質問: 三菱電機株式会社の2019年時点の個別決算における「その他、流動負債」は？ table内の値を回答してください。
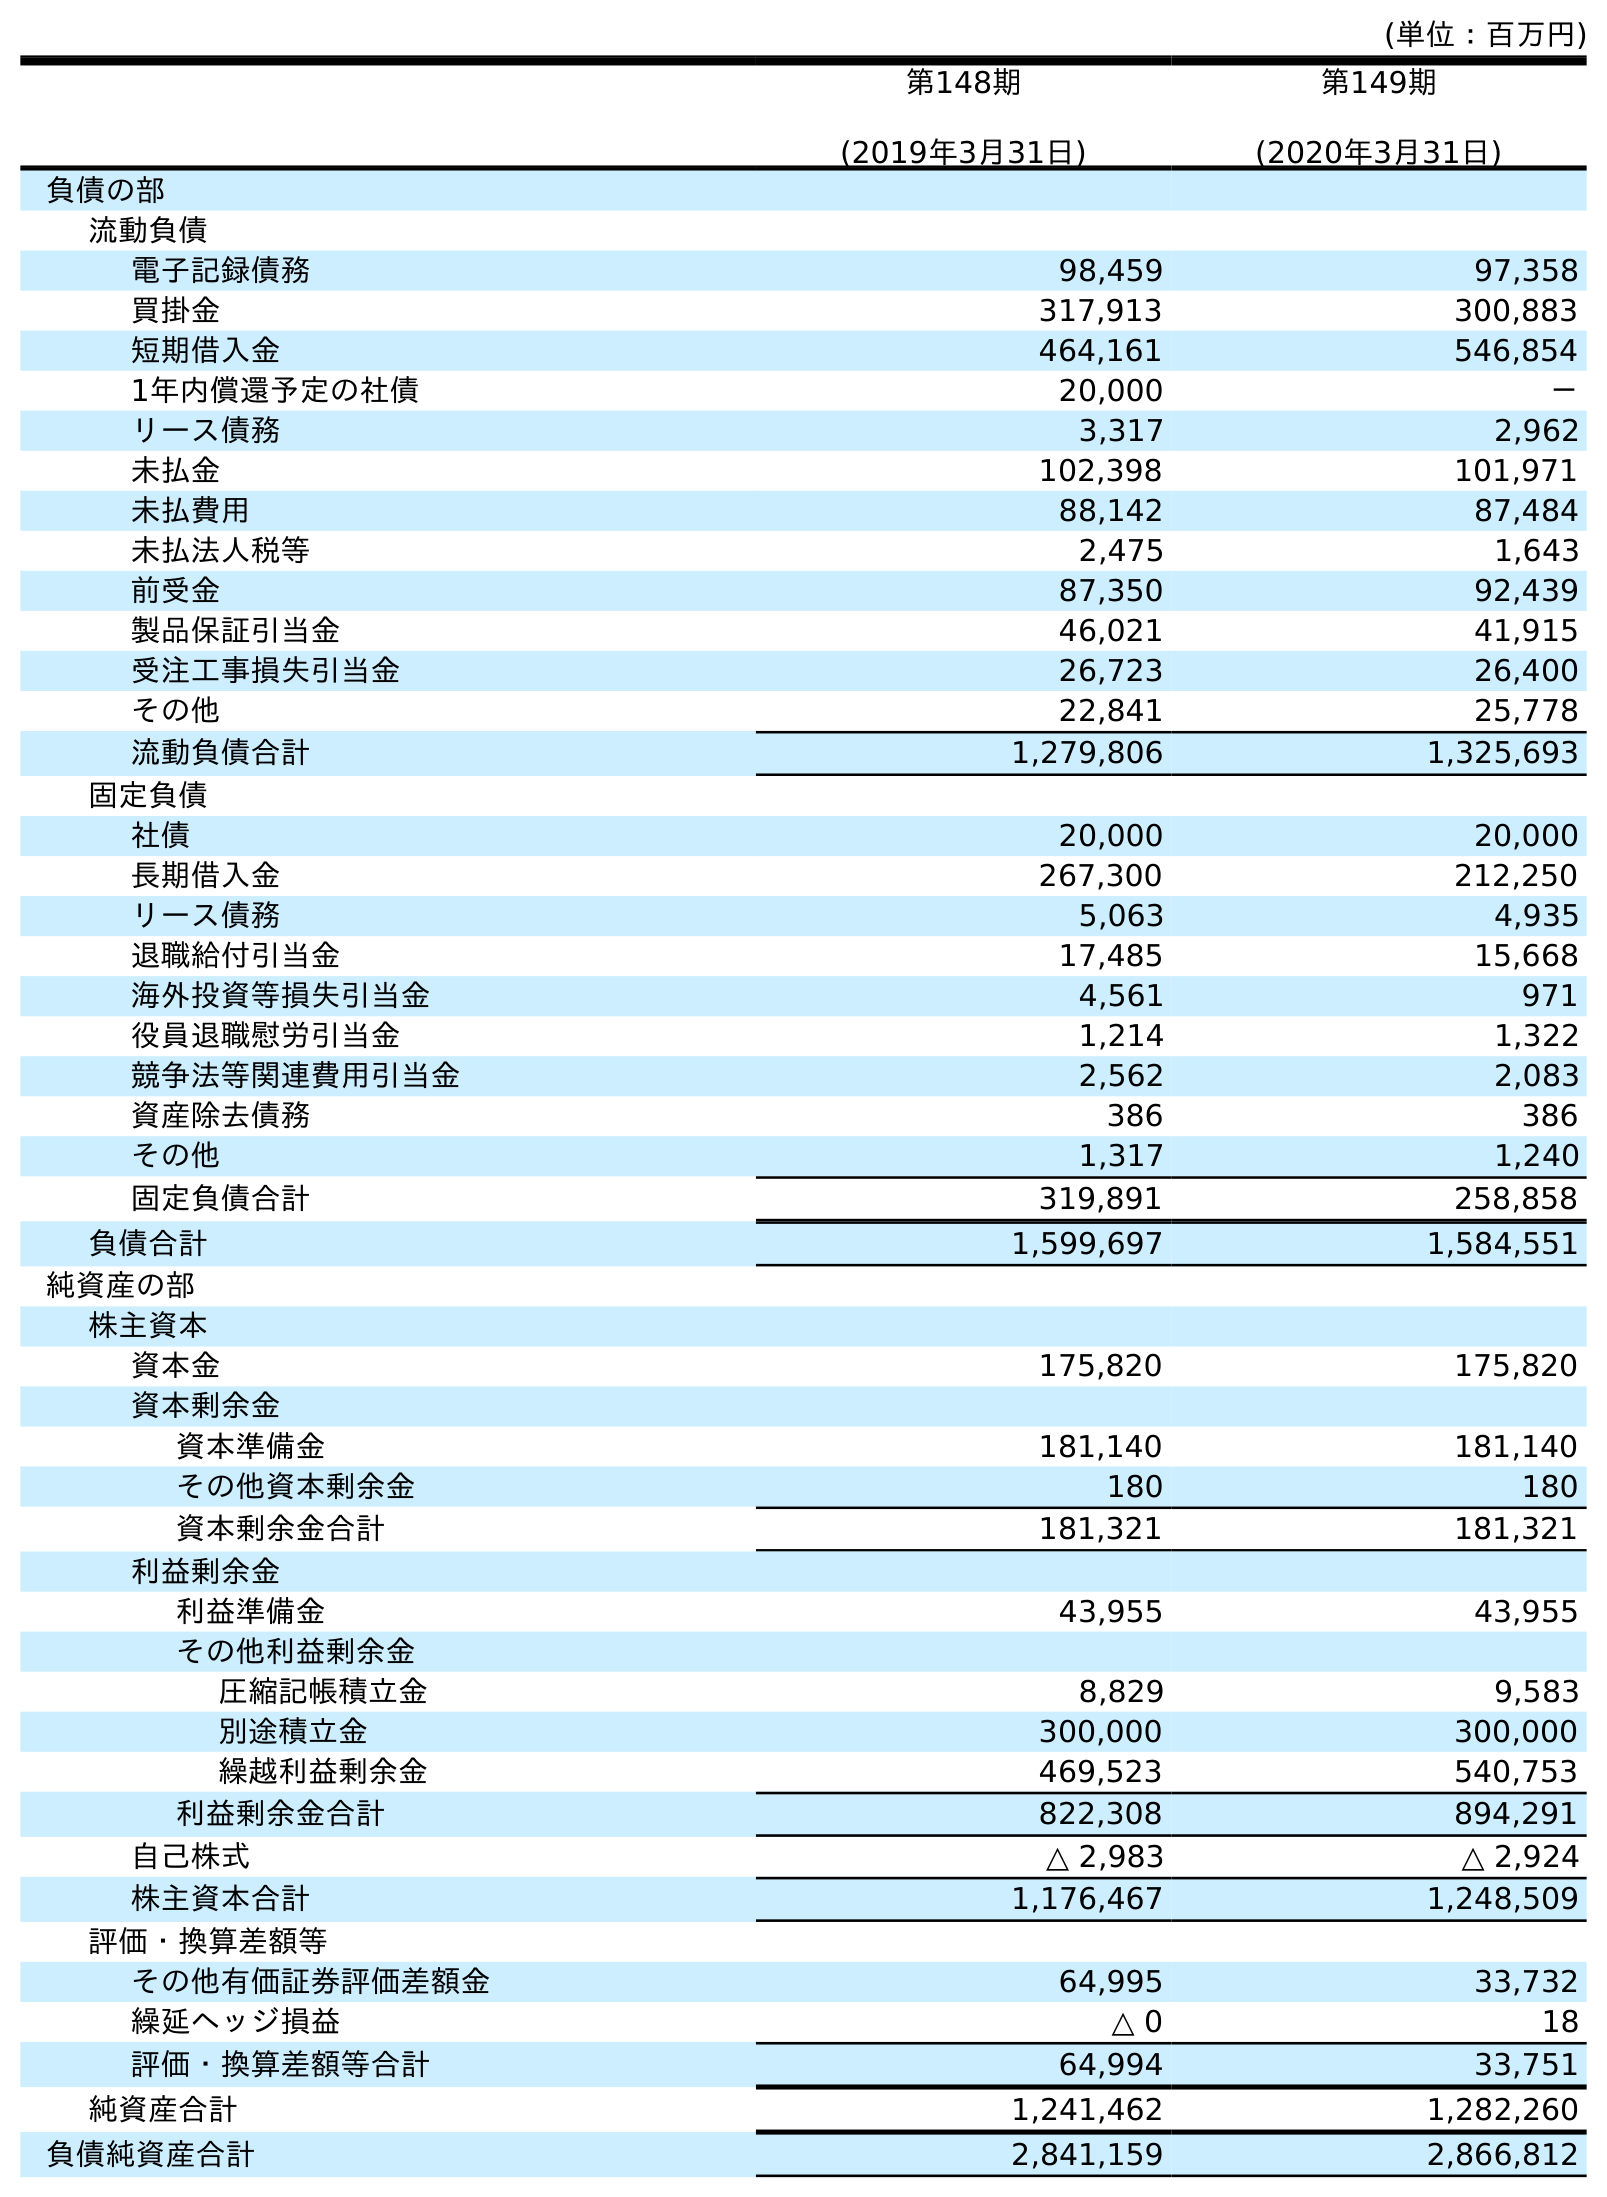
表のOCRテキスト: (単位：百万円) 第148期 (2019年3月31日) 第149期 (2020年3月31日) 負債の部 流動負債 電子記録債務 98,459 97,358 買掛金 317,913 300,883 短期借入金 464,161 546,854 1年内償還予定の社債 20,000 － リース債務 3,317 2,962 未払金 102,398 101,971 未払費用 88,142 87,484 未払法人税等 2,475 1,643 前受金 87,350 92,439 製品保証引当金 46,021 41,915 受注工事損失引当金 26,723 26,400 その他 22,841 25,778 流動負債合計 1,279,806 1,325,693 固定負債 社債 20,000 20,000 長期借入金 267,300 212,250 リース債務 5,063 4,935 退職給付引当金 17,485 15,668 海外投資等損失引当金 4,561 971 役員退職慰労引当金 1,214 1,322 競争法等関連費用引当金 2,562 2,083 資産除去債務 386 386 その他 1,317 1,240 固定負債合計 319,891 258,858 負債合計 1,599,697 1,584,551 純資産の部 株主資本 資本金 175,820 175,820 資本剰余金 資本準備金 181,140 181,140 その他資本剰余金 180 180 資本剰余金合計 181,321 181,321 利益剰余金 利益準備金 43,955 43,955 その他利益剰余金 圧縮記帳積立金 8,829 9,583 別途積立金 300,000 300,000 繰越利益剰余金 469,523 540,753 利益剰余金合計 822,308 894,291 自己株式 △ 2,983 △ 2,924 株主資本合計 1,176,467 1,248,509 評価・換算差額等 その他有価証券評価差額金 64,995 33,732 繰延ヘッジ損益 △ 0 18 評価・換算差額等合計 64,994 33,751 純資産合計 1,241,462 1,282,260 負債純資産合計 2,841,159 2,866,812
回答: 22,841